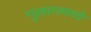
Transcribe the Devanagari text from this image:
गुलागमध्ये